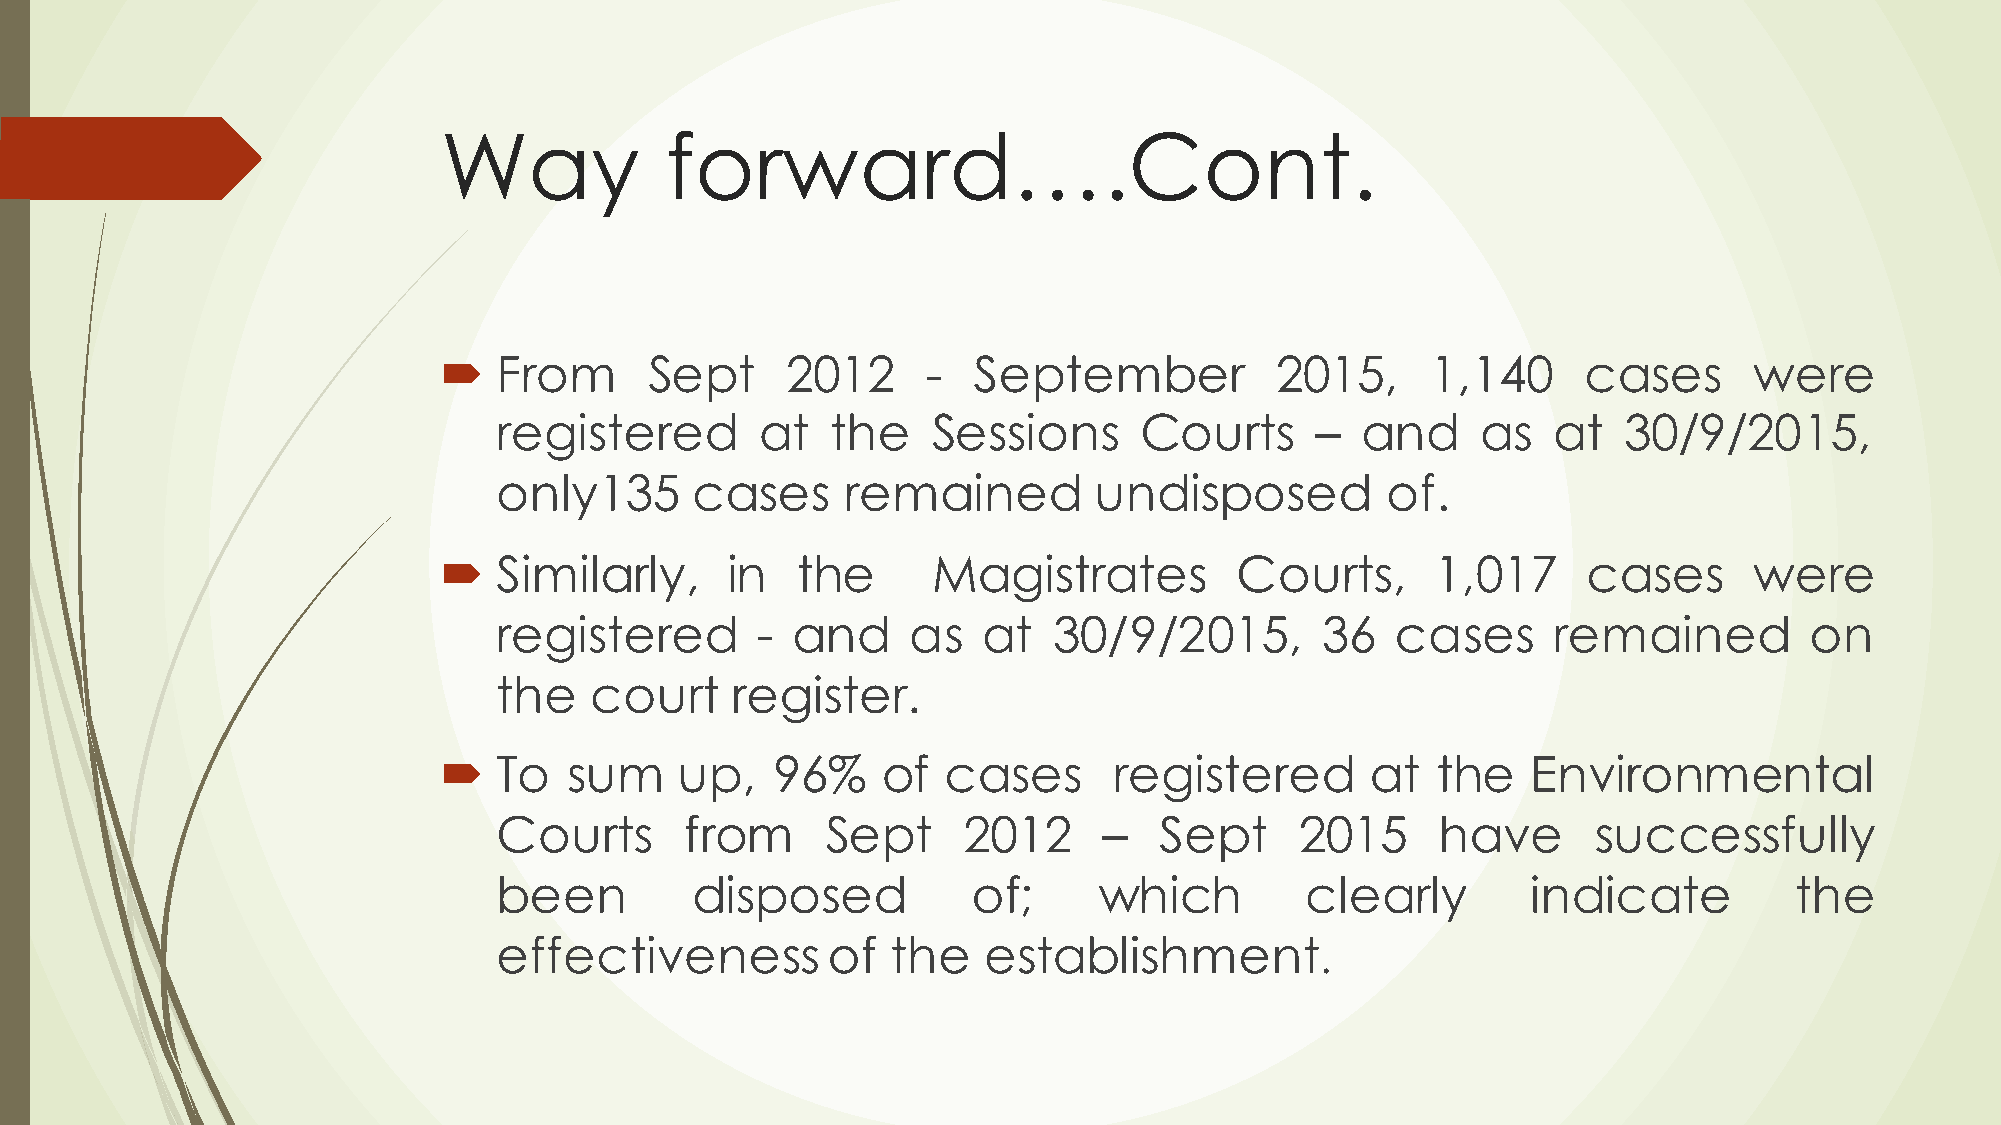
Way            forward….Cont.
 ´  From      Sept     2012     -  September           2015,      1,140     cases      were
 registered       at   the    Sessions     Courts      –  and     as   at  30/9/2015,
 only135      cases     remained        undisposed          of.
 ´  Similarly,     in   the      Magistrates         Courts,      1,017     cases      were
 registered       - and     as   at   30/9/2015,       36   cases      remained         on
 the   court    register.
 ´  To   sum    up,   96%    of  cases       registered       at  the   Environmental
 Courts      from      Sept     2012     –   Sept     2015     have       successfully
 been         disposed          of;      which        clearly        indicate          the
 effectiveness         of  the   establishment
 .